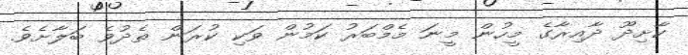
ކާށިދޫ ދާއިރާގެ މީހުން މީނަ މެމްބަރު ކަމުން ވަކި ކުރަން ތެދުވެ ބަލާށެވެ.